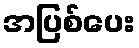
အပြစ်ပေး